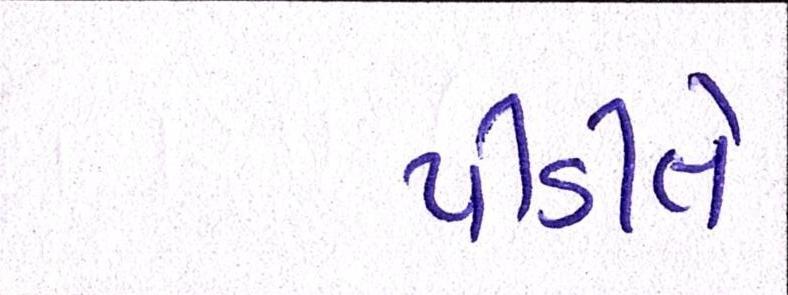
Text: પીડિતે